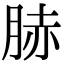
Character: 𦛘